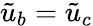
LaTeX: \tilde{u}_{b}=\tilde{u}_{c}